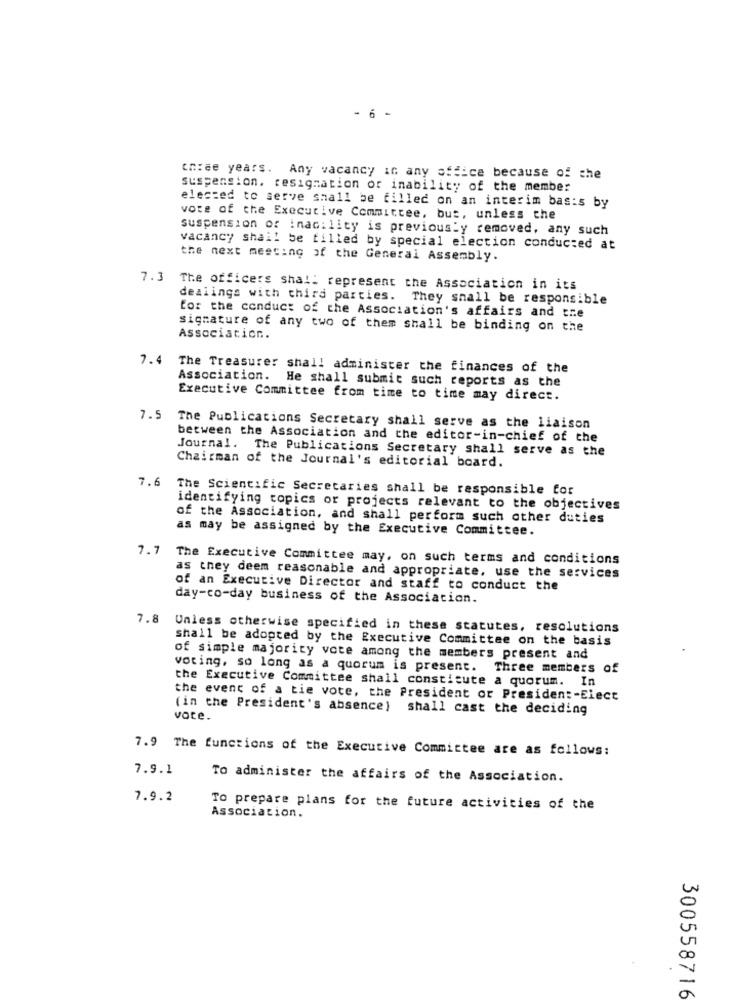
- 6 -
three years. Any vacancy in any office because of the
suspension. resignation or inability of the member
elected to serve shall be filled on an interim bas:s by
vote of the Executive Committee, but, unless the
suspension of inacility is previously removed, any such
vacancy shall be tilled by special election conducted at
the next meeting of the General Assembly.
7.3
The officers shall represent the Association in its
dealings with third parties. They shall be responsible
for the conduct of the Association's affairs and tre
signature of any two of them shall be binding on the
Association.
7.4
The Treasurer shall administer the finances of the
Association.
He shall submit such reports as the
Executive Committee from time to time may direct.
7.5 The Publications Secretary shall serve as the liaison
between the Association and the editor-in-chief of the
Journal. The Publications Secretary shall serve as the
Chairman of the Journal's editorial board.
7.6
The Scientific Secretaries shall be responsible for
identifying topics or projects relevant to the objectives
of the Association, and shall perform such other duties
as may be assigned by the Executive Committee.
7.7 The Executive Committee may, on such terms and conditions
as they deem reasonable and appropriate, use the services
of an Executive Director and staff to conduct the
day-co-day business of the Association.
7.8
Unless otherwise specified in these statutes, resolutions
shall be adopted by the Executive Committee on the basis
of simple majority vote among the members present and
voting, so long as a quorum is present. Three members of
the Executive Committee shall constitute a quorum. In
the event of a tie vote, the President or President-Elect
(in the President's absence) shall cast the deciding
vote.
7.9 The functions of the Executive Committee are as follows:
7.9.1
To administer the affairs of the Association.
7.9.2
Association.
To prepare plans for the future activities of the
300558716